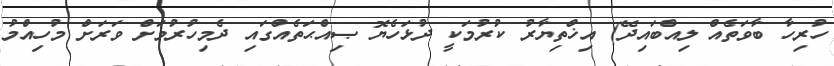
ހުރިހާ ބާވަތެއް ލިއްބައިދޭ) އިޚްތިޔާރު ކުރުމަކީ ދުޅަހެޔޮ ޞިއްޙަތެއްގައި ދެމިހުރުމަށް ވަރަށް މުހިއްމު